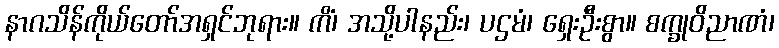
နာဂသိန်ကိုယ်တော်အရှင်ဘုရား။ ကိံ၊ အသို့ပါနည်း၊ ပဌမံ၊ ရှေးဦးစွာ။ စက္ခုဝိညာဏံ၊